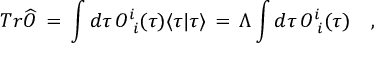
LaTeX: T r \widehat { O } \, = \, \int d \tau \, O _ { \phantom { i } i } ^ { i } ( \tau ) \langle \tau | \tau \rangle \, = \, \Lambda \int d \tau \, O _ { \phantom { i } i } ^ { i } ( \tau ) \quad ,